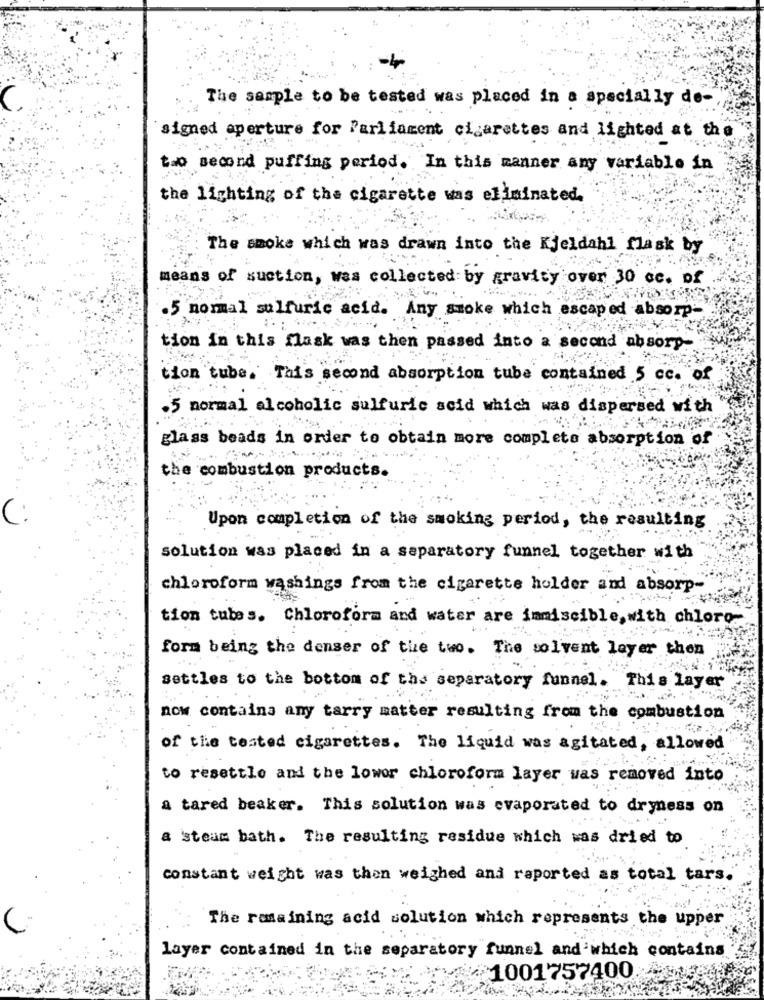
The sample to be tested was placed in a specially de-
signed aperture for Parliament cigarettes and lighted at the
two second puffing period. In this manner any variable in
the lighting of the cigarette was eliminated.
The smoke which was drawn into the Kjeldahl flask by
means of suction, was collected by gravity over 30 cc. of
.5 normal sulfuric acid. Any smoke which escaped absorp
tion in this flask was then passed into a second absorp-
tion tube. This second absorption tube contained 5 cc."of
.5 normal alcoholic sulfuric scid which was dispersed with
glass beads in order to obtain more completa absorption of
the combustion products.
C:
Upon completion of the smoking period, the resulting
solution was placed in a separatory funnel together with
chloroform washings from the cigarette holder and absorp-
tion tubes. Chloroform and water are immiscible, with chloro-
form being the denser of the two. The solvent layer then
settles to the bottom of the separatory funnel. This layer
now containa any tarry matter resulting from the combustion
of the tested cigarettes. The liquid was agitated, allowed
to resettle and the lowor chloroform layer was removed into
a tared beaker. This solution was evaporated to dryness on
& 'steam bath. The resulting residue which was dried to
constant weight was then weighed and reported as total tars.
The remaining acid solution which represents the upper
layer contained in the separatory funnel and which contains
1001757400